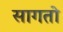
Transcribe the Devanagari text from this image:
सागतो